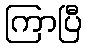
ကြာပြီ